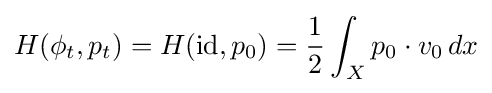
H(\phi _{t},p_{t})=H(\operatorname {id} ,p_{0})={\frac {1}{2}}\int _{X}p_{0}\cdot v_{0}\,dx